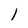
Character: l